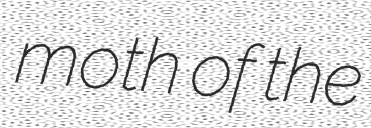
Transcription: moth of the